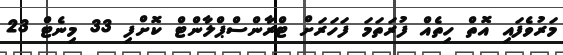
މަރުވެފައި އޮތް ހިތެއް ފުރަތަމަ ފަހަރަށް ޓްރާންސްޕްލާންޓް ކޮށްފި 33 މިނެޓް 23